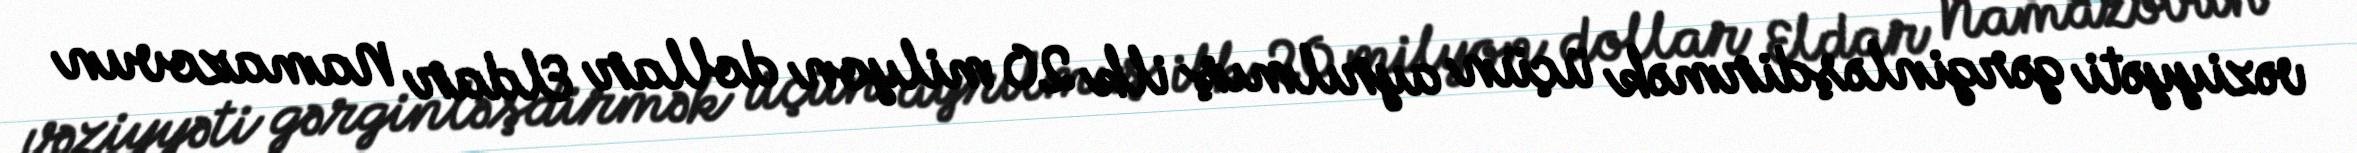
vəziyyəti gərginləşdirmək üçün ayrılmış ilk 20 milyon dollar Eldar Namazovun